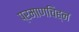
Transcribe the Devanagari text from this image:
प्रमाणचिह्न